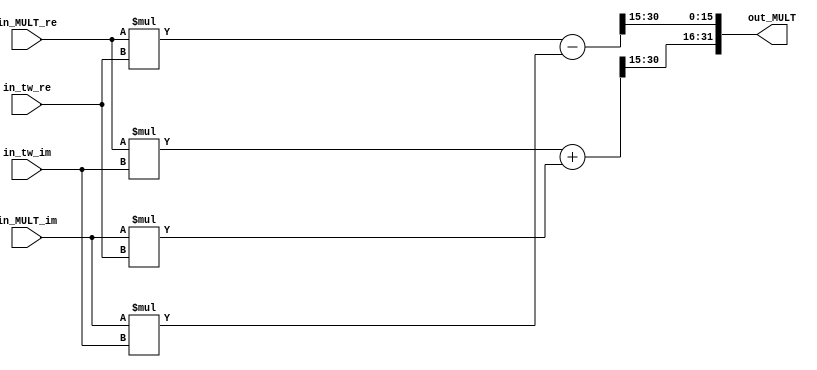
module MULT(
            input signed [15:0] in_MULT_re,
            input signed [15:0] in_MULT_im,
            input signed [15:0] in_tw_re,
            input signed [15:0] in_tw_im,
            
            output signed [31:0] out_MULT
);

wire signed [30:0] MULT_re;
wire signed [30:0] MULT_im;
wire signed [30:0] tmp_re0;
wire signed [30:0] tmp_im0;
wire signed [30:0] tmp_re1;
wire signed [30:0] tmp_im1;

assign tmp_re0 = in_MULT_re * in_tw_re; // real * real
assign tmp_re1 = in_MULT_im * in_tw_im; // imag * imag

assign tmp_im0 = in_MULT_re * in_tw_im; // real * imag
assign tmp_im1 = in_MULT_im * in_tw_re; // imag * real

assign MULT_re = tmp_re0 - tmp_re1; // tmp_re1 --> j * j = -1
assign MULT_im = tmp_im0 + tmp_im1;

// Trunctaion
assign out_MULT = {MULT_im[30:15], MULT_re[30:15]};

endmodule